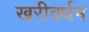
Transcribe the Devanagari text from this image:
खरीवर्धन